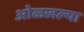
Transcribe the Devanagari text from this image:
ओळ्खल्या